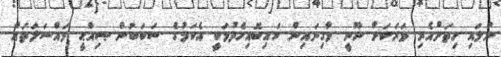
ނުލައި ހިތަށްއެރި ވަރަކަށް ނޫނީ މާގިނައިން ކައިބޮއިހެދުމަކީ އެކަމުގެ ސަބަބުން ޞިއްޙީ މައްސަލަތައް